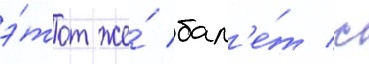
э́тот же́ бал'е́т с